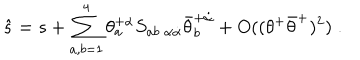
\hat { s } = s + \sum _ { a , b = 1 } ^ { 4 } \theta _ { a } ^ { + \alpha } S _ { a b \; \alpha \dot { \alpha } } \bar { \theta } _ { b } ^ { + \dot { \alpha } } + O ( ( \theta ^ { + } \bar { \theta } ^ { + } ) ^ { 2 } ) \; .